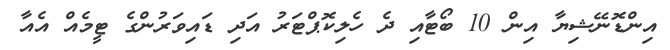
އިންޑޮނޭޝިޔާ އިން 10 ބޯޓާއި ދެ ހެލިކޮޕްޓަރު އަދި ޑައިވަރުންގެ ޓީމެއް އެއާ